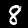
Label: 8